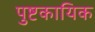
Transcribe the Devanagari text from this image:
पुष्टकायिक